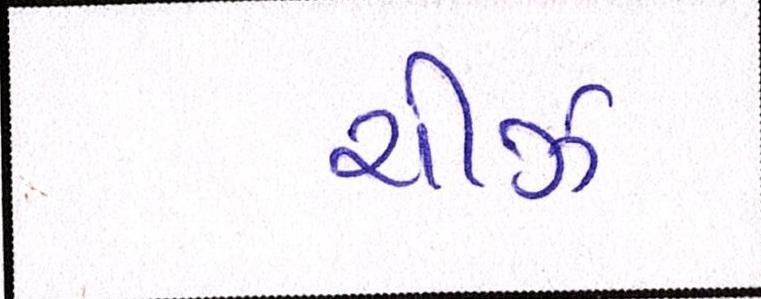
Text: ચીઝ